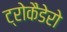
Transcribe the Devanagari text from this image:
ट्रोकैडेरो